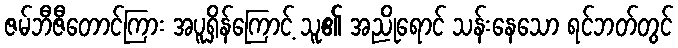
ဇမ်ဘီဇီတောင်ကြား အပူရှိန်ကြောင့် သူ၏ အညိုရောင် သန်းနေသော ရင်ဘတ်တွင်